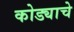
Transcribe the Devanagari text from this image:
कोड्याचे